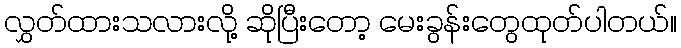
လွှတ်ထားသလားလို့ ဆိုပြီးတော့ မေးခွန်းတွေထုတ်ပါတယ်။